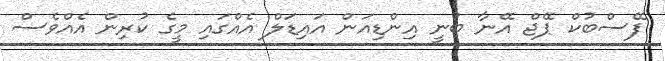
ފޭސްބުކް ޕޭޖް އޭނާ ބުނީ އިންޑިއަން އައިޑަލް އެއްގައި މީގެ ކުރިން އެއްވެސް